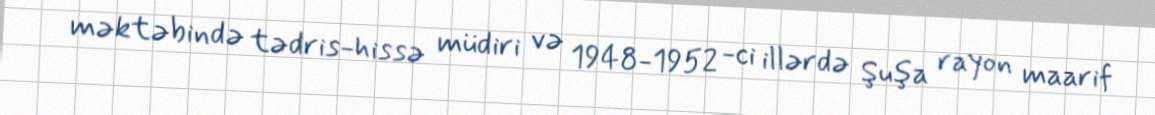
məktəbində tədris-hissə müdiri və 1948-1952 -ci illərdə Şuşa rayon maarif